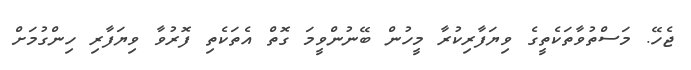
ޖެހޭ. މަސްތުވާތަކެތީގެ ވިޔަފާރިކުރާ މީހުން ބޭނުންވީމަ ގޮތް އެތަކެތި ފޮރުވާ ވިޔަފާރި ހިންގުމަށް